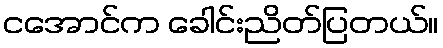
ငအောင်က ခေါင်းညိတ်ပြတယ်။